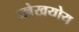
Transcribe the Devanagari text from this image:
उल्लेखयोय